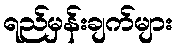
ရည်မှန်းချက်များ